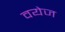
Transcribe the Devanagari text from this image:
वयेज